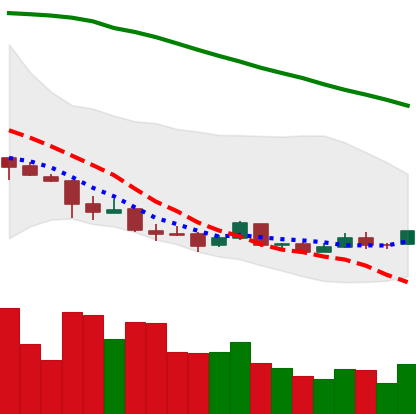
Ticker: ETC-USD
Chart end date: 2018-04-11
Forward return: 10.46%
Label: up_7plus